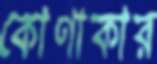
কোণাকার